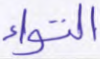
التواء